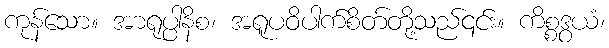
ကုန်သော။ အာရုပ္ပါနိစ၊ အရူပဝိပါက်စိတ်တို့သည်၎င်း။ ကိစ္စဒွယံ၊